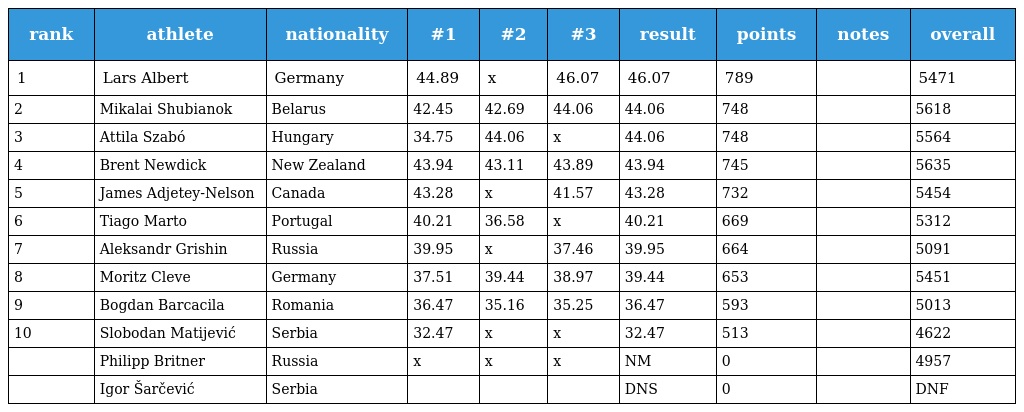
| rank | athlete | nationality | #1 | #2 | #3 | result | points | notes | overall |
 | --- | --- | --- | --- | --- | --- | --- | --- | --- | --- |
 | 1 | Lars Albert | Germany | 44.89 | x | 46.07 | 46.07 | 789 |  | 5471 |
 | 2 | Mikalai Shubianok | Belarus | 42.45 | 42.69 | 44.06 | 44.06 | 748 |  | 5618 |
 | 3 | Attila Szabó | Hungary | 34.75 | 44.06 | x | 44.06 | 748 |  | 5564 |
 | 4 | Brent Newdick | New Zealand | 43.94 | 43.11 | 43.89 | 43.94 | 745 |  | 5635 |
 | 5 | James Adjetey-Nelson | Canada | 43.28 | x | 41.57 | 43.28 | 732 |  | 5454 |
 | 6 | Tiago Marto | Portugal | 40.21 | 36.58 | x | 40.21 | 669 |  | 5312 |
 | 7 | Aleksandr Grishin | Russia | 39.95 | x | 37.46 | 39.95 | 664 |  | 5091 |
 | 8 | Moritz Cleve | Germany | 37.51 | 39.44 | 38.97 | 39.44 | 653 |  | 5451 |
 | 9 | Bogdan Barcacila | Romania | 36.47 | 35.16 | 35.25 | 36.47 | 593 |  | 5013 |
 | 10 | Slobodan Matijević | Serbia | 32.47 | x | x | 32.47 | 513 |  | 4622 |
 |  | Philipp Britner | Russia | x | x | x | NM | 0 |  | 4957 |
 |  | Igor Šarčević | Serbia |  |  |  | DNS | 0 |  | DNF |